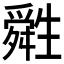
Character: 𤯷